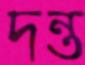
দন্ত